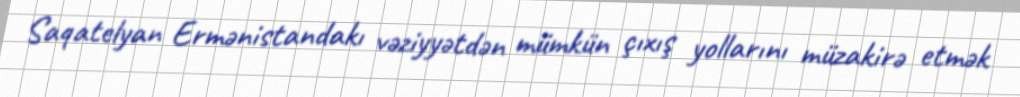
Saqatelyan Ermənistandakı vəziyyətdən mümkün çıxış yollarını müzakirə etmək